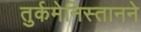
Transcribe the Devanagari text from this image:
तुर्कमेनिस्तानने